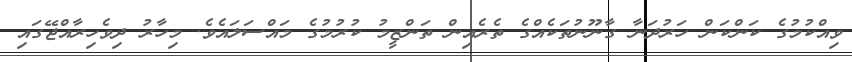
ވިއްކުމުގެ ކަންކަން ހަރުދަނާ ގާނޫނުތަކެއްގެ ތެރެއިން ތަންޒީމު ކުރުމުގެ މައްސަލައެވެ. މިހާރު ދިވެހިރާއްޖޭގައި